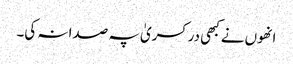
انھوں نے کبھی در کسریٰ پہ صدا نہ کی۔